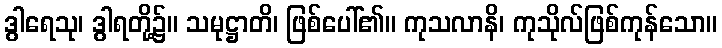
ဒွါရေသု၊ ဒွါရတို့၌။ သမုဋ္ဌာတိ၊ ဖြစ်ပေါ်၏။ ကုသလာနိ၊ ကုသိုလ်ဖြစ်ကုန်သော။